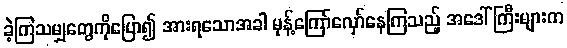
ခဲ့ကြသမျှတွေကိုပြော၍ အားရသောအခါ မုန့်ကြော်လှော်နေကြသည့် အဒေါ်ကြီးများက